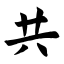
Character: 共